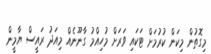
މިގޮތުން މިކަން ކުރުމަށް ޓަކައި ވަރަށް މުހިއްމު ގާނޫނެއް މިއަދު ރައީސް ޔާމީން